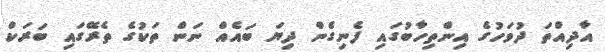
އާދިއްތަ ދުވަހުގެ އިންތިހާބުގައި ފެނިގެން ދިޔަ ބައެއް ނަން ތަކުގެ ތެރޭގައި ބަރަކް